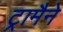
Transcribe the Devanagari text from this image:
ट्रामैने